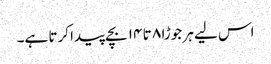
اس لیے ہر جوڑا ۸ تا ۱۴ بچے پیدا کرتا ہے۔